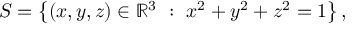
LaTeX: S = \left\{ ( x , y , z ) \in \mathbb { R } ^ { 3 } \ : \ x ^ { 2 } + y ^ { 2 } + z ^ { 2 } = 1 \right\} ,